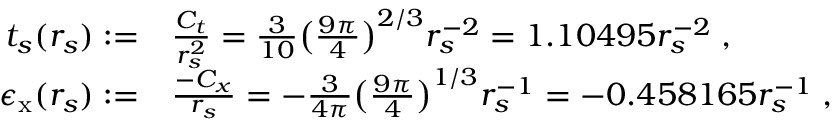
\begin{array} { r l } { t _ { s } ( r _ { s } ) : = } & { \frac { C _ { t } } { r _ { s } ^ { 2 } } = \frac { 3 } { 1 0 } \big ( \frac { 9 \pi } { 4 } \big ) ^ { 2 / 3 } r _ { s } ^ { - 2 } = 1 . 1 0 4 9 5 r _ { s } ^ { - 2 } \; , } \\ { \epsilon _ { \mathrm { x } } ( r _ { s } ) : = } & { \frac { - C _ { x } } { r _ { s } } = - \frac { 3 } { 4 \pi } \big ( \frac { 9 \pi } { 4 } \big ) ^ { 1 / 3 } r _ { s } ^ { - 1 } = - 0 . 4 5 8 1 6 5 r _ { s } ^ { - 1 } \; , } \end{array}